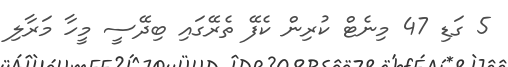
5 ގަޑި 47 މިނެޓް ކުރިން ކެފޭ ތެރޭގައި ބިދޭސީ މީހާ މަރާލި